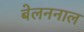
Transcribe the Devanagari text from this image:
बेलननाल